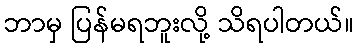
ဘာမှ ပြန်မရဘူးလို့ သိရပါတယ်။